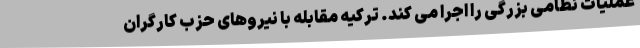
عملیات نظامی بزرگی را اجرا می کند. ترکیه مقابله با نیروهای حزب کارگران